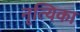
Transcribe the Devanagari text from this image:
नृत्यिका